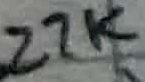
Text: 27K